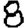
Digit: 8